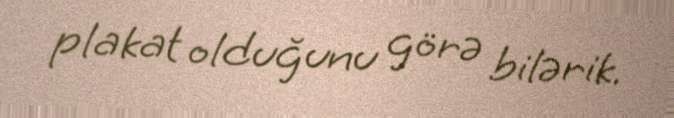
plakat olduğunu görə bilərik.